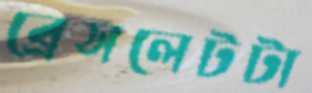
ব্রেসলেটটা